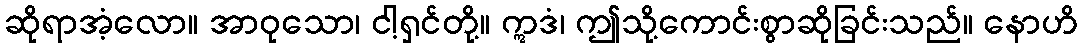
ဆိုရာအံ့လော။ အာဝုသော၊ ငါ့ရှင်တို့။ ဣဒံ၊ ဤသို့ကောင်းစွာဆိုခြင်းသည်။ နောဟိ